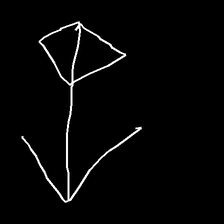
Glyph: focus